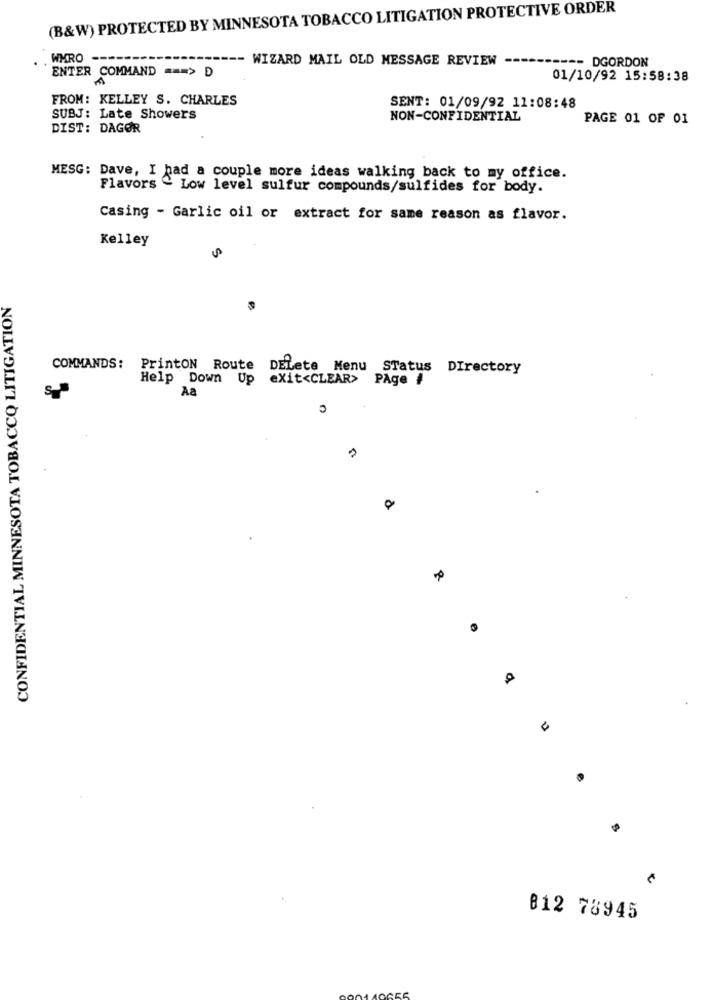
(B&W) PROTECTED BY MINNESOTA TOBACCO LITIGATION PROTECTIVE ORDER
WMRO
- WIZARD MAIL OLD MESSAGE REVIEW
=== DGORDON
ENTER COMMAND === > D
01/10/92 15:58:38
FROM: KELLEY S. CHARLES
SENT: 01/09/92 11:08:48
SUBJ: Late Showers
NON-CONFIDENTIAL
PAGE 01 OF 01
DIST: DAGOR
MESG: Dave, I had a couple more ideas walking back to my office.
Flavors ^ Low level sulfur compounds/sulfides for body.
Casing - Garlic oil or extract for same reason as flavor.
Kelley
5
CONFIDENTIAL MINNESOTA TOBACCO LITIGATION
COMMANDS:
PrintON Route DELete Menu STatus DIrectory
Help Down Up
exit<CLEAR>
PAge #
S
Aa
0
OF
812 78945